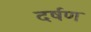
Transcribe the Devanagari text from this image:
दर्षण